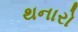
થનારો